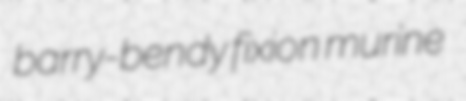
barry-bendy fixion murine